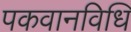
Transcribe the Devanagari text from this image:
पकवानविधि